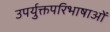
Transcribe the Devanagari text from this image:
उपर्युक्तपरिभाषाओं